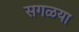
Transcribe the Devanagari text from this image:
सगळया